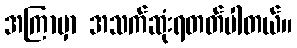
အကြာမှာ အသက်ဆုံးရတတ်ပါတယ်။